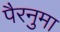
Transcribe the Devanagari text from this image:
पैरनुमा